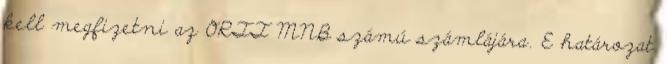
kell megfizetni az ORTT MNB számú számlájára. E határozat